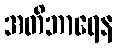
အတိဘာရေန